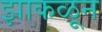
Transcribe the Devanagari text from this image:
झाकळून